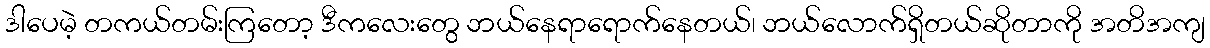
ဒါပေမဲ့ တကယ်တမ်းကြတော့ ဒီကလေးတွေ ဘယ်နေရာရောက်နေတယ်၊ ဘယ်လောက်ရှိတယ်ဆိုတာကို အတိအကျ